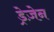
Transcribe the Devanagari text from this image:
ड्रेज़ेन